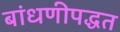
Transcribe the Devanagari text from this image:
बांधणीपद्धत